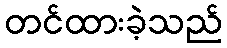
တင်ထားခဲ့သည်